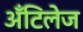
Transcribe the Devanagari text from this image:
अँटिलेज